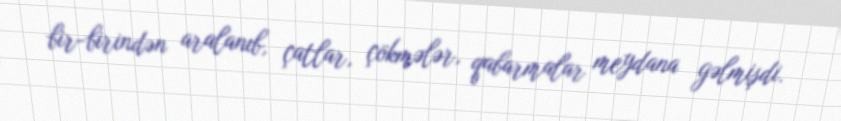
bir-birindən aralanıb, çatlar, çökmələr, qabarmalar meydana gəlmişdi.